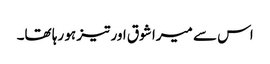
اس سے میرا شوق اور تیز ہو رہا تھا۔